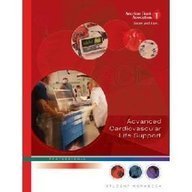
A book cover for ACLS Advanced Cardiovascular Life Support Provider Manual: Professional (American Heart Association, ACLS Provider Manual); American Heart Association; Health, Fitness & Dieting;